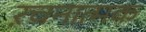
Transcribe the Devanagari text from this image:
ऱचनात्मक